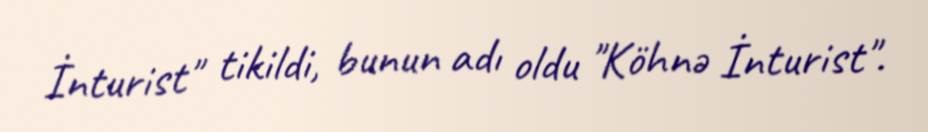
İnturist" tikildi, bunun adı oldu "Köhnə İnturist".